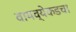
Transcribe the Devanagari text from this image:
वायव्येकडचा